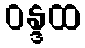
ဝန္ဒထ